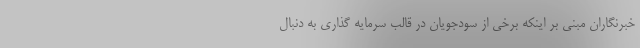
خبرنگاران مبنى بر اینکه برخى از سودجویان در قالب سرمایه گذارى به دنبال